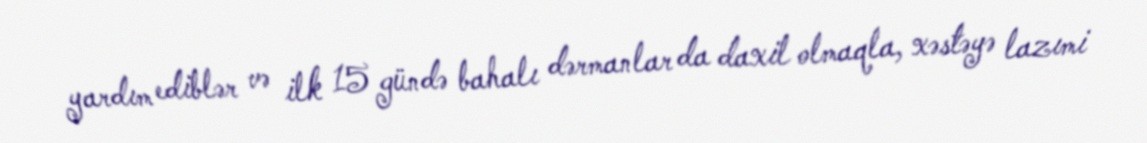
yardım ediblər və ilk 15 gündə bahalı dərmanlar da daxil olmaqla, xəstəyə lazımi